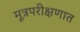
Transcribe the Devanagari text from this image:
मूत्रपरीक्षणात